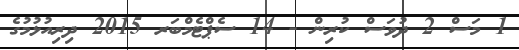
1 މަސް 2 ދުވަސް ކުރިން - 14 ސެޕްޓެމްބަރ 2015 ދިރިއުޅުމުގެ